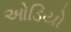
ઓડિયો